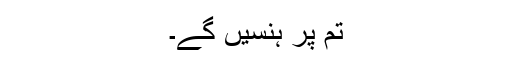
تم پر ہنسیں گے۔